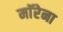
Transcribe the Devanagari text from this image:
माॅरेना